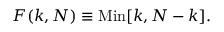
F ( k , N ) \equiv \mathrm { M i n } [ k , N - k ] .